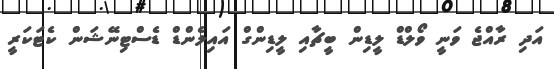
އަދި ރާއްޖެ ވަނީ ވޯލްޑް ލީޑިން ބީޗާއި ލީޑިންގް އައިލެންޑް ޑެސްޓިނޭޝަން ކެޓަކަރީ